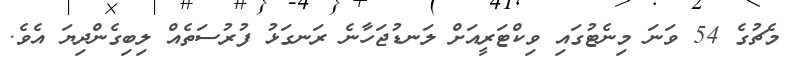
މެޗުގެ 54 ވަނަ މިނެޓުގައި ވިކްޓަރީއަށް ލަނޑުޖަހާނެ ރަނގަޅު ފުރުސަތެއް ލިބިގެންދިޔަ އެވެ.